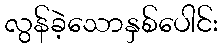
လွန်ခဲ့သောနှစ်ပေါင်း